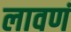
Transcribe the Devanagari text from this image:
लावणं